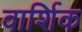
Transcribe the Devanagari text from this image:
वार्शिक